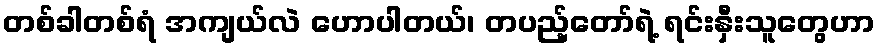
တစ်ခါတစ်ရံ အကျယ်လဲ ဟောပါတယ်၊ တပည့်တော်ရဲ့ ရင်းနှီးသူတွေဟာ